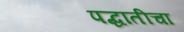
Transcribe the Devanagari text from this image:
पद्धातीचा